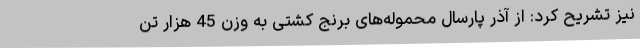
نیز تشریح کرد: از آذر پارسال محموله‌های برنج کشتی به وزن 45 هزار تن